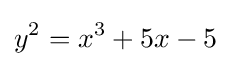
y^{2}=x^{3}+5x-5